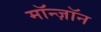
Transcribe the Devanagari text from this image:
मॉन्ज़ॉन